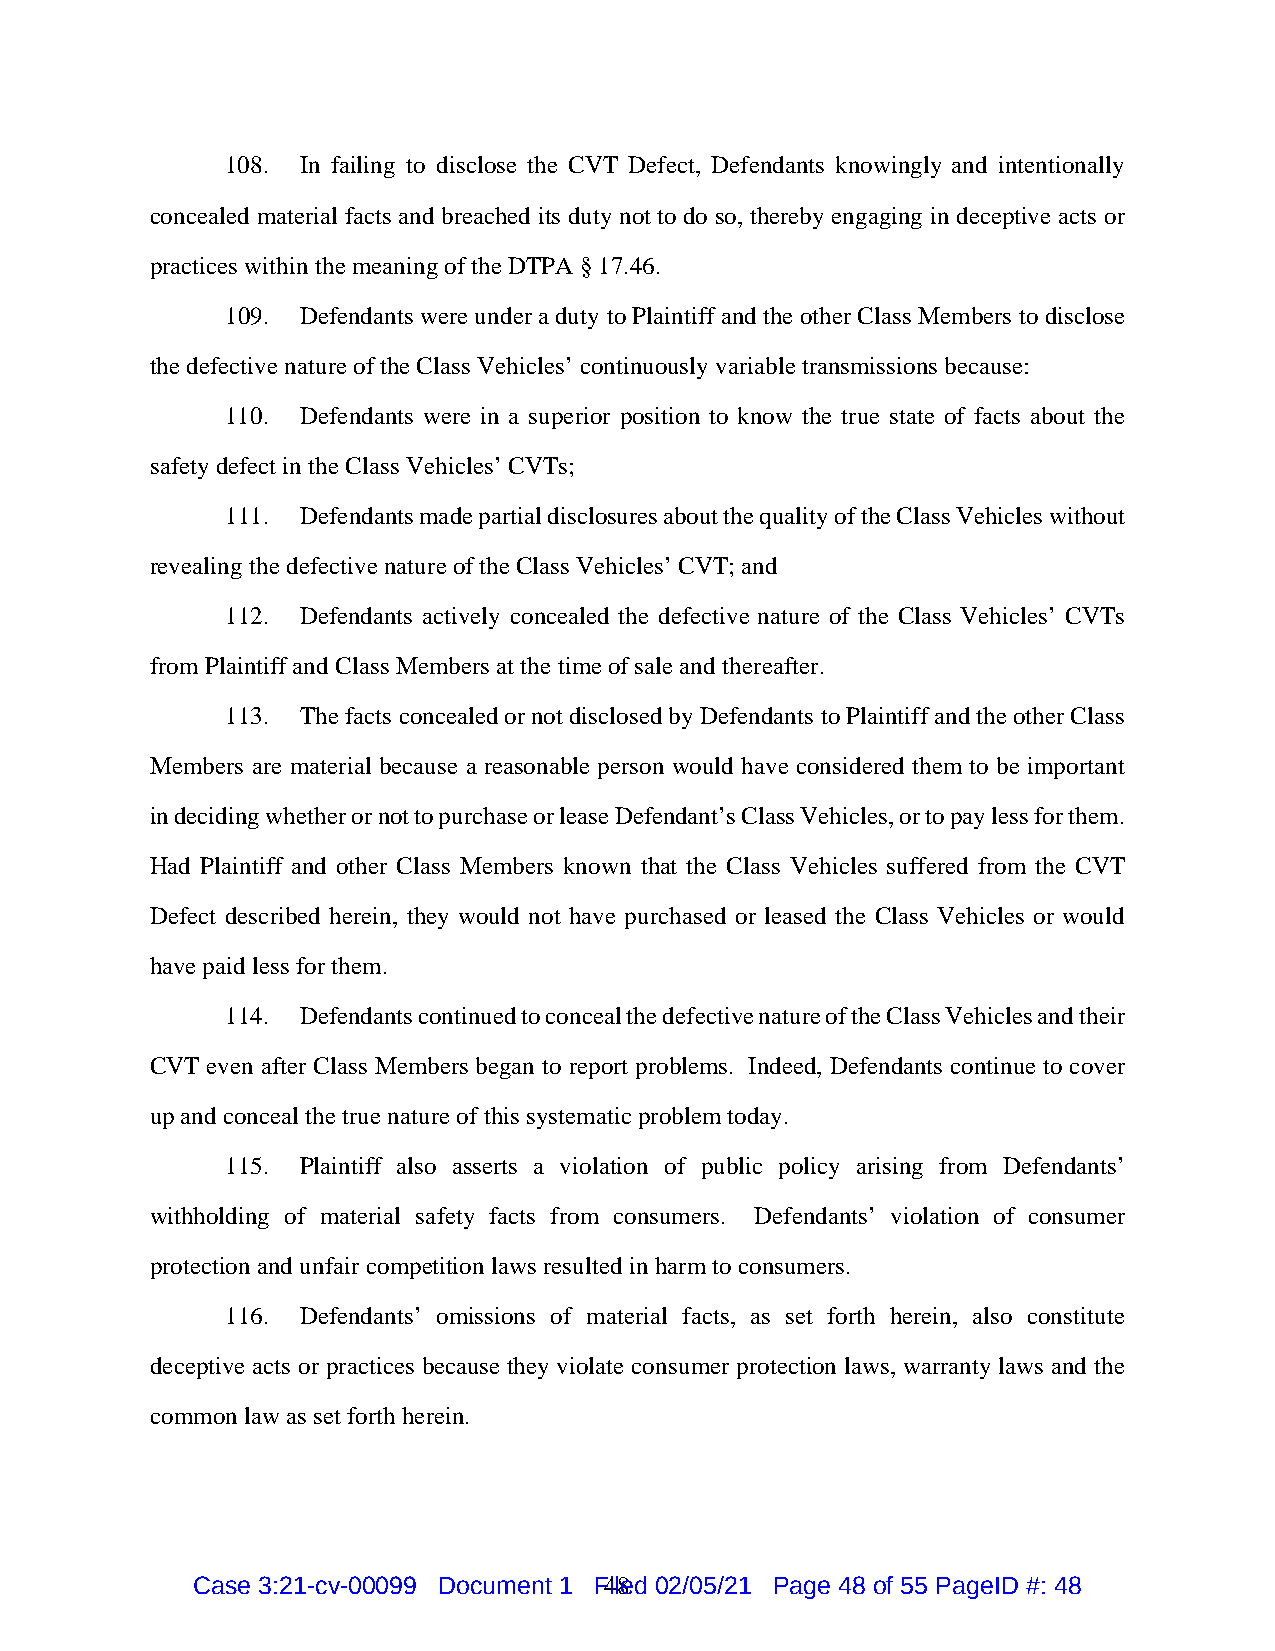
108. In failing to disclose the CVT Defect, Defendants knowingly and intentionally
 concealed material facts and breached its duty not to do so, thereby engaging in deceptive acts or
 practices within the meaning of the DTPA § 17.46.
 109. Defendants were under a duty to Plaintiff and the other Class Members to disclose
 the defective nature of the Class Vehicles’ continuously variable transmissions because:
 110. Defendants were in a superior position to know the true state of facts about the
 safety defect in the Class Vehicles’ CVTs;
 111. Defendants made partial disclosures about the quality of the Class Vehicles without
 revealing the defective nature of the Class Vehicles’ CVT; and
 112. Defendants actively concealed the defective nature of the Class Vehicles’ CVTs
 from Plaintiff and Class Members at the time of sale and thereafter.
 113. The facts concealed or not disclosed by Defendants to Plaintiff and the other Class
 Members are material because a reasonable person would have considered them to be important
 in deciding whether or not to purchase or lease Defendant’s Class Vehicles, or to pay less for them.
 Had Plaintiff and other Class Members known that the Class Vehicles suffered from the CVT
 Defect described herein, they would not have purchased or leased the Class Vehicles or would
 have paid less for them.
 114. Defendants continued to conceal the defective nature of the Class Vehicles and their
 CVT even after Class Members began to report problems. Indeed, Defendants continue to cover
 up and conceal the true nature of this systematic problem today.
 115. Plaintiff also asserts a violation of public policy arising from Defendants’
 withholding of material safety facts from consumers. Defendants’ violation of consumer
 protection and unfair competition laws resulted in harm to consumers.
 116. Defendants’ omissions of material facts, as set forth herein, also constitute
 deceptive acts or practices because they violate consumer protection laws, warranty laws and the
 common law as set forth herein.
 Case 3:21-cv-00099 Document 1 F4il8e d 02/05/21 Page 48 of 55 PageID #: 48